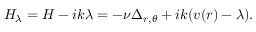
H _ { \lambda } = H - i k \lambda = - \nu \Delta _ { r , \theta } + i k ( v ( r ) - \lambda ) .